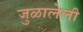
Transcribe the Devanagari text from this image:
जुळालेली